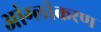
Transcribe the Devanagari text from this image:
आंग्लीकरण